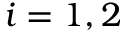
i = 1 , 2